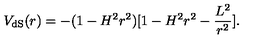
V _ { \mathrm { d S } } ( r ) = - ( 1 - H ^ { 2 } r ^ { 2 } ) [ 1 - H ^ { 2 } r ^ { 2 } - \frac { L ^ { 2 } } { r ^ { 2 } } ] .